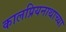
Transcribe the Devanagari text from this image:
कालप्रियनाथाच्या